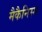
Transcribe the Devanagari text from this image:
मैकैनिस्म